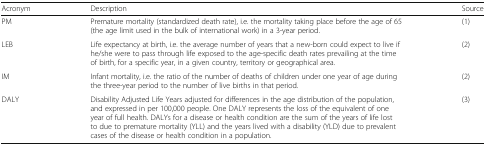
<table><thead><tr><td><b>Acronym</b></td><td><b>Description</b></td><td><b>Source</b></td></tr></thead><tbody><tr><td>PM</td><td>Premature mortality (standardized death rate), i.e. the mortality taking place before the age of 65 (the age limit used in the bulk of international work) in a 3-year period.</td><td>(1)</td></tr><tr><td>LEB</td><td>Life expectancy at birth, i.e. the average number of years that a new-born could expect to live if he/she were to pass through life exposed to the age-specific death rates prevailing at the time of birth, for a specific year, in a given country, territory or geographical area.</td><td>(2)</td></tr><tr><td>IM</td><td>Infant mortality, i.e. the ratio of the number of deaths of children under one year of age during the three-year period to the number of live births in that period.</td><td>(2)</td></tr><tr><td>DALY</td><td>Disability Adjusted Life Years adjusted for differences in the age distribution of the population, and expressed in per 100,000 people. One DALY represents the loss of the equivalent of one year of full health. DALYs for a disease or health condition are the sum of the years of life lost to due to premature mortality (YLL) and the years lived with a disability (YLD) due to prevalent cases of the disease or health condition in a population.</td><td>(3)</td></tr></tbody></table>